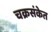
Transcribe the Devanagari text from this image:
चक्रसंकेत